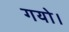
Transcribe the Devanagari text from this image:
गयो।